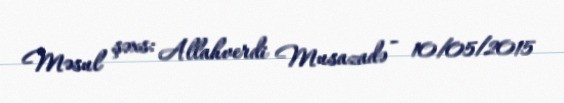
Məsul şəxs: Allahverdi Musazadə - 10/05/2015